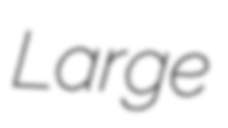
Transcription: Large